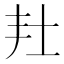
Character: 𡉘